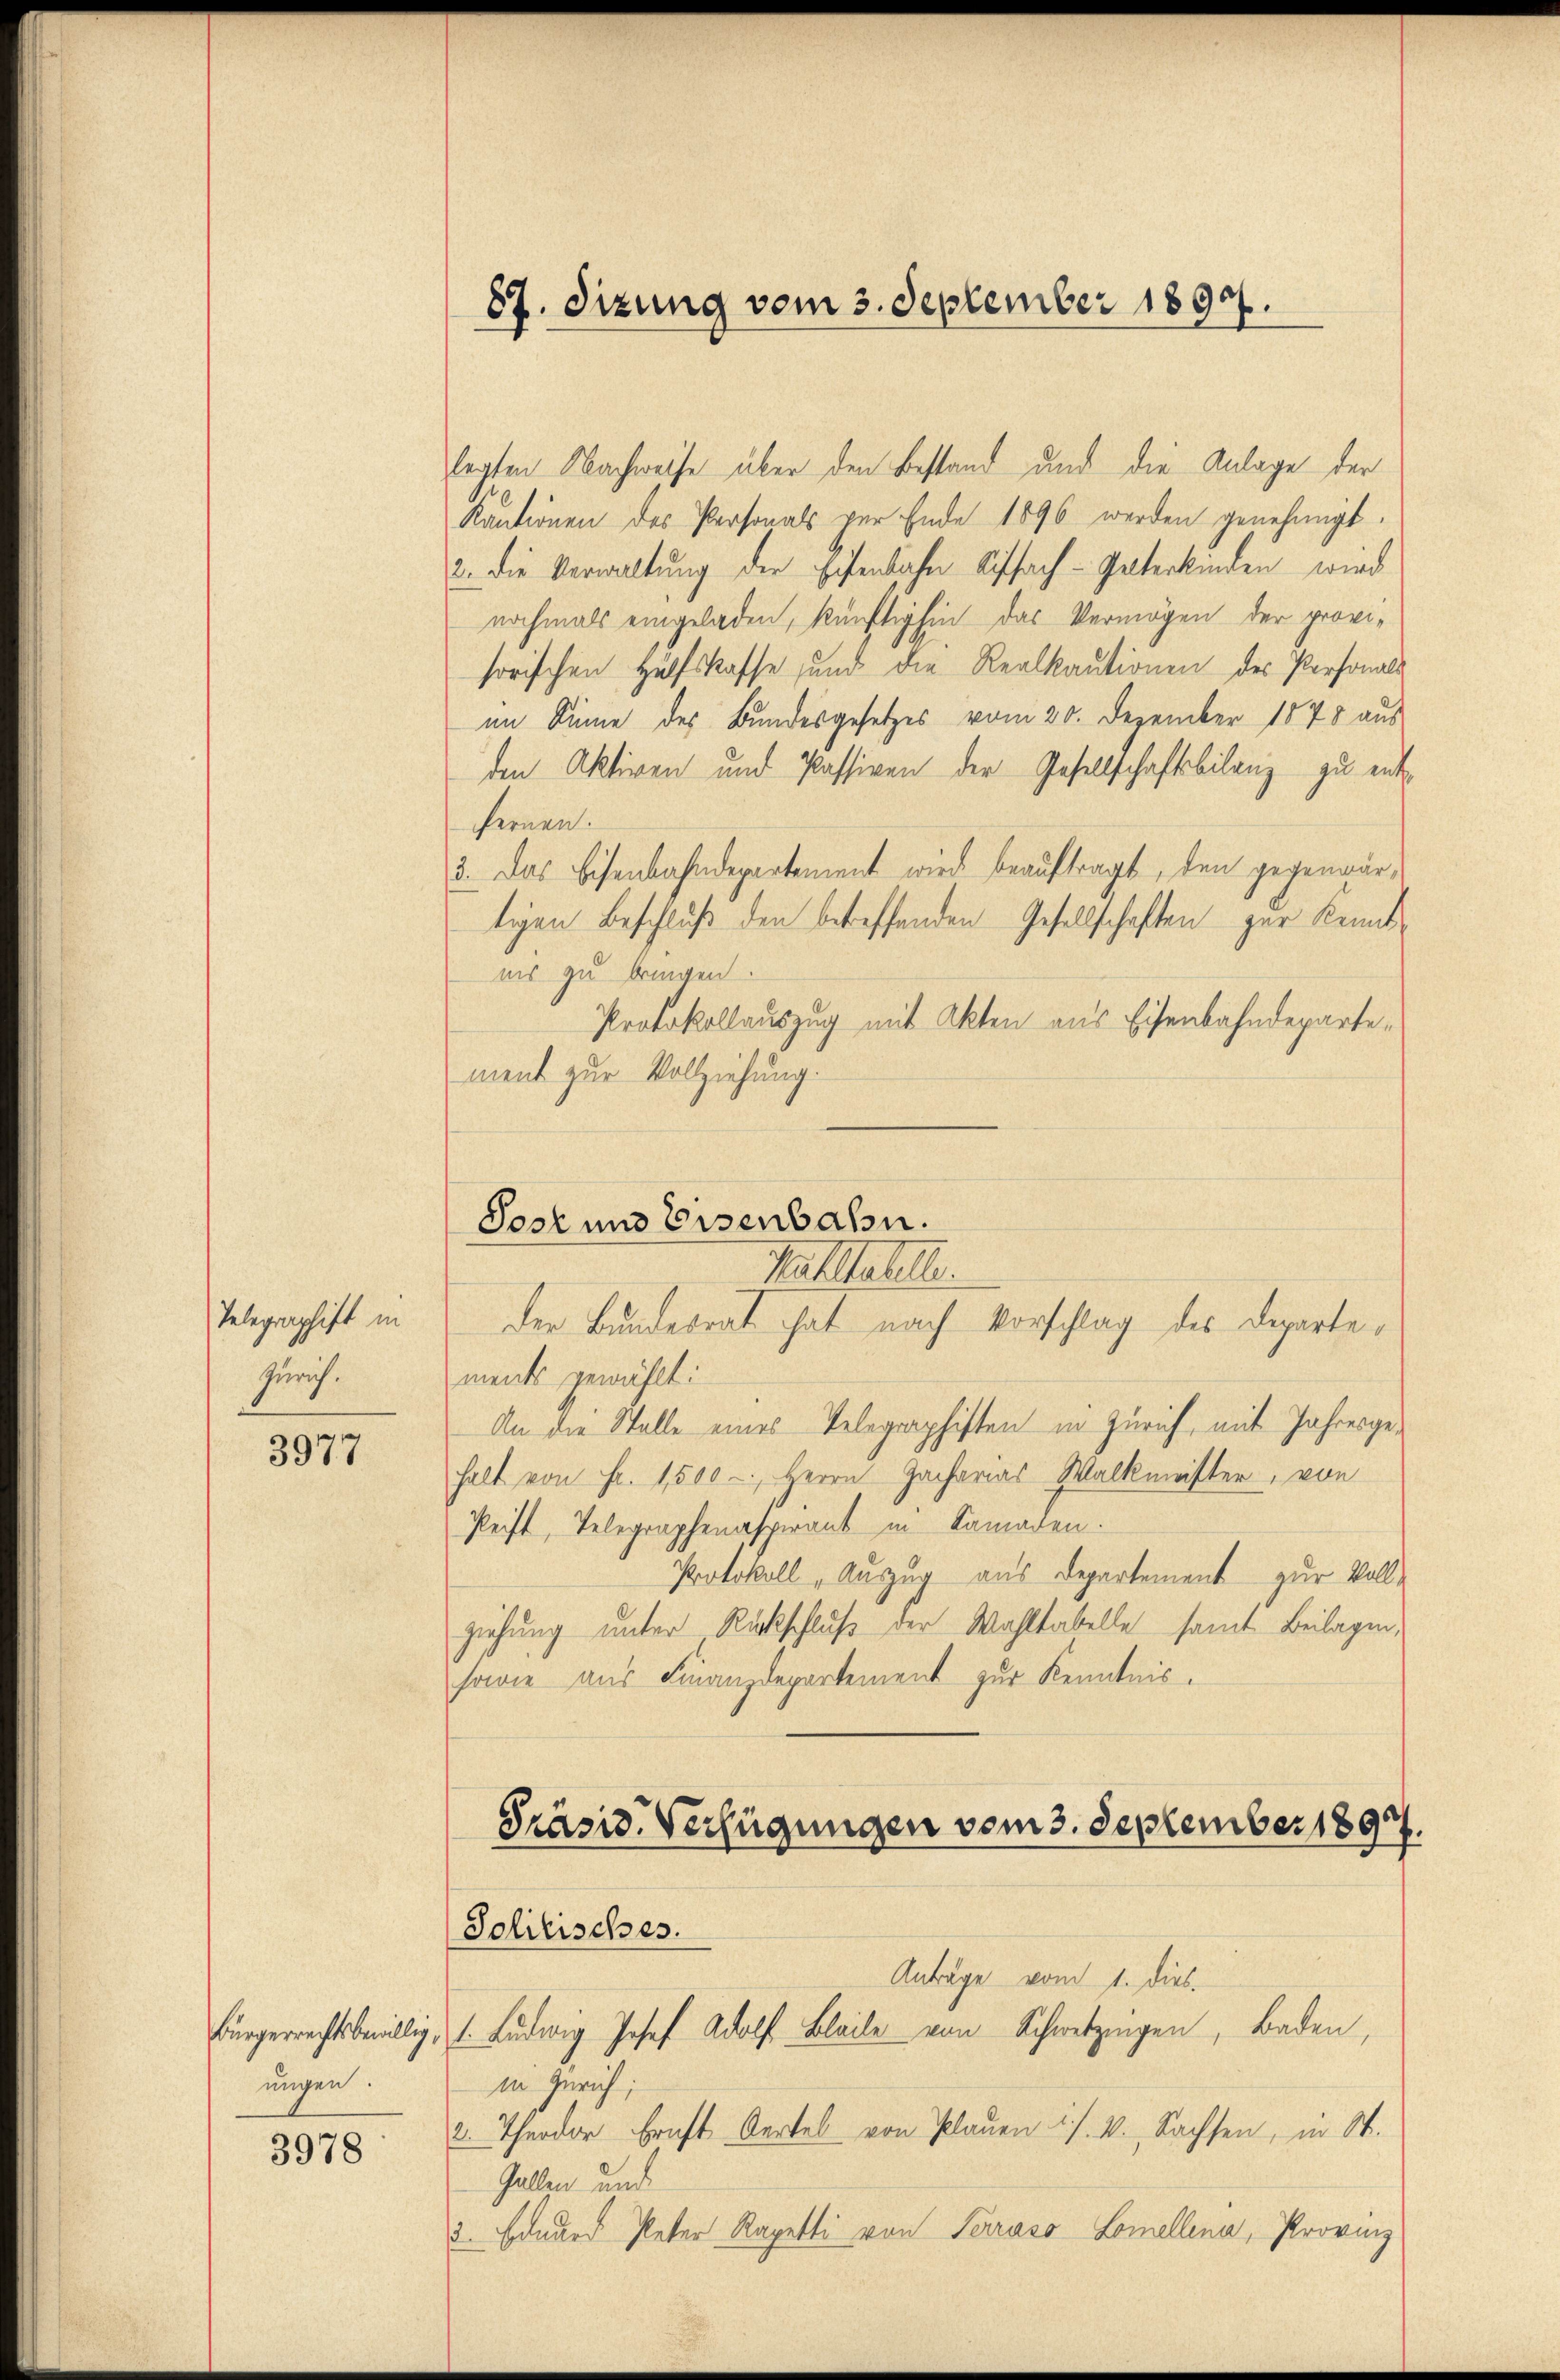
Telegraphift in
Zürich.

3977

ungen.

3978

87. Sizung vom 3. September 1890.

legten Nachweise über den Bestand und die Anlage der
Kantionen des Personals per Ende 1896 werden genehmigt.
2. Die Verwaltung der Eisenbahn Kiffach-Paterkinden wird
nochmals eingeladen, künftighin das Vermögen der provisorischen Hülfskasse und die Realkautionen des Personals
im Sinne des Bundesgesetzes vom 20. Dezember 1878 aus
den Aktiven und Passiven der Gesellschaftsbilanz zu entfernen.
3. Das Eisenbahndepartement wird beauftragt, den gegenwärtigen Beschluß den betreffenden Gesellschaften zur Kenntnis zu bringen.
Protokollauszug mit Akten aus Eisenbahndepartement zur Vollziehung.
Post und Eisenbahn.
Palltabelle.
der Bundesrat hat nach Vorschlag des Departements gewählt:
An die Stelle eines Telegraphisten in Zürich, mit Jahresgehalt von Fr. 1500 -, Herrn Gacharias Walkmeister, von
Peift, Telegraphenaspirant in Kanaden.
Protokoll, Auszug aus Departement zur Voll-
ziehung unter Rückschluß der Wahltabelle samt Beilagen,
sowie aus Finanzdepartement zur Kenntnis.

Präsid. Verfügungen vom 3. September 1897.
Solitisches.
Anträge vom 1. Dies
Bürgerrechtsbewillig, 1. Ludwig Josef Adolf Bleibe von Schwetzingen, Baden,

in Zürich
2. Theodor Ernst Oertel von Plauen u. s. v. Sachsen, in St.
Gallen und
3. Eduard Peter Rapetti von Terraso Lomellena, Provinz